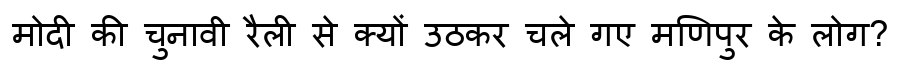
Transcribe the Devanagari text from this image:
मोदी की चुनावी रैली से क्यों उठकर चले गए मणिपुर के लोग?